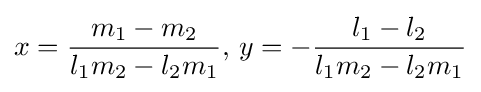
x={\frac {m_{1}-m_{2}}{l_{1}m_{2}-l_{2}m_{1}}},\,y=-{\frac {l_{1}-l_{2}}{l_{1}m_{2}-l_{2}m_{1}}}